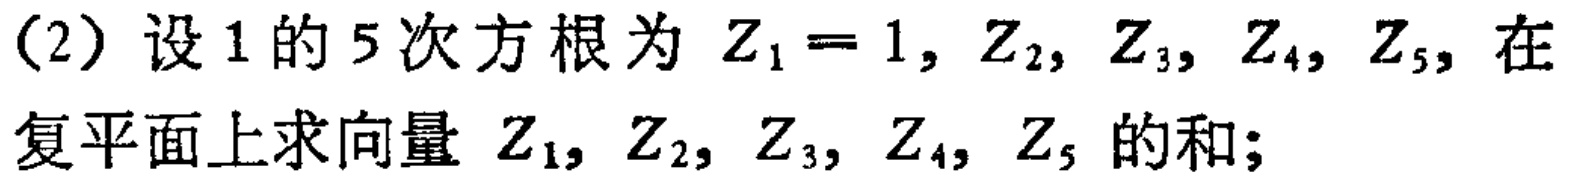
（2）设1的5次方根为 \(Z_{1}=1, Z_{2}, Z_{3}, Z_{4}, Z_{5}\)，在复平面上求向量 \(Z_{1}, Z_{2}, Z_{3}, Z_{4}, Z_{5}\) 的和；